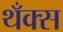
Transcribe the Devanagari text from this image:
थँक्स